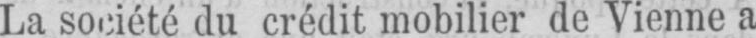
La société du crédit mobilier de Vienne a